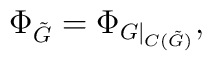
\Phi_{\tilde G}=\Phi_{G\mid_{C(\tilde G)}},